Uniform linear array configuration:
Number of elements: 24
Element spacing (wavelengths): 0.25
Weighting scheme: binomial
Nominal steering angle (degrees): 15
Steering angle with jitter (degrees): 15.612
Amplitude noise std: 0.05
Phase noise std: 0.05

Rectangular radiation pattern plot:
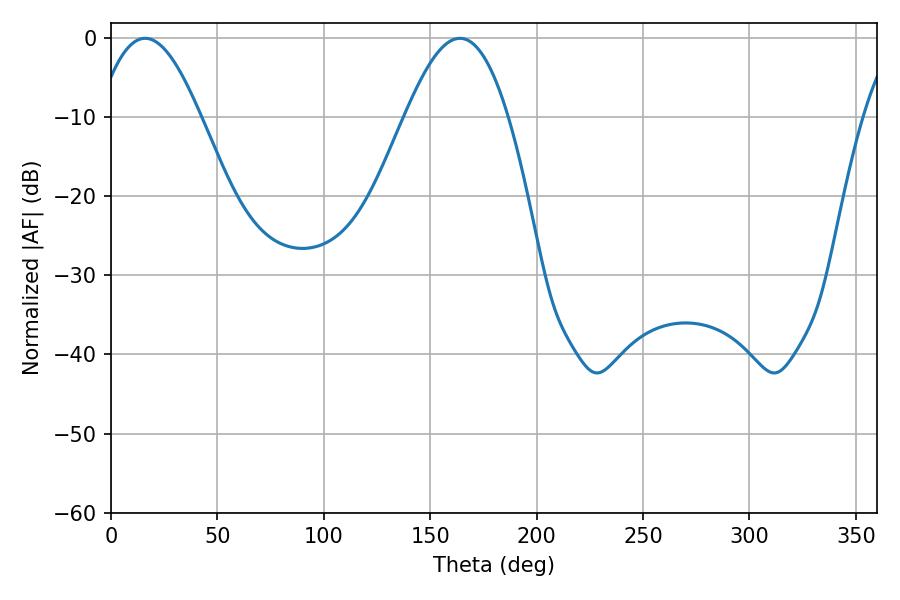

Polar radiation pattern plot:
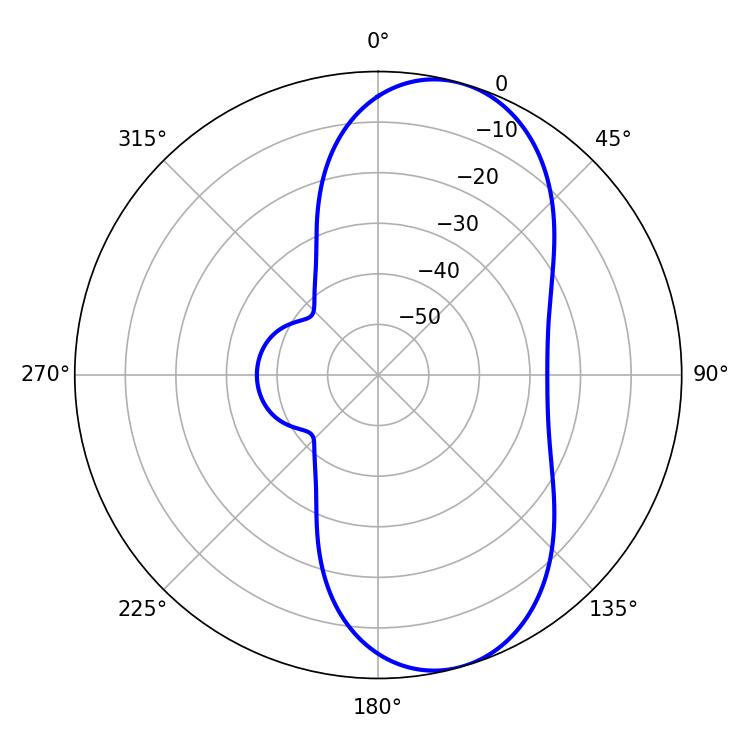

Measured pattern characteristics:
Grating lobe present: FALSE
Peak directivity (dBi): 8.334
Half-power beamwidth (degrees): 26.28
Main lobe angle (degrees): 16.02